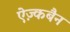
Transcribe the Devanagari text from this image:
ऐज़्कबैन